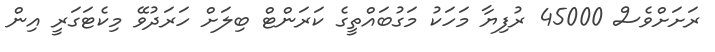
ރަށަށްވެސް 45000 ރުފިޔާ މަހަކު މަގުބައްތީގެ ކަރަންޓް ބިލަށް ހަރަދުވޭ މިކެޓަގަރީ އިން